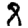
Digit: 8